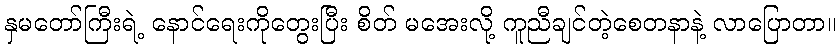
နှမတော်ကြီးရဲ့ နောင်ရေးကိုတွေးပြီး စိတ် မအေးလို့ ကူညီချင်တဲ့စေတနာနဲ့ လာပြောတာ။